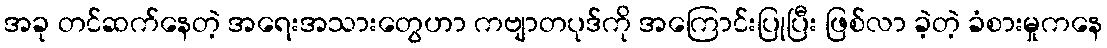
အခု တင်ဆက်နေတဲ့ အရေးအသားတွေဟာ ကဗျာတပုဒ်ကို အကြောင်းပြုပြီး ဖြစ်လာ ခဲ့တဲ့ ခံစားမှုကနေ